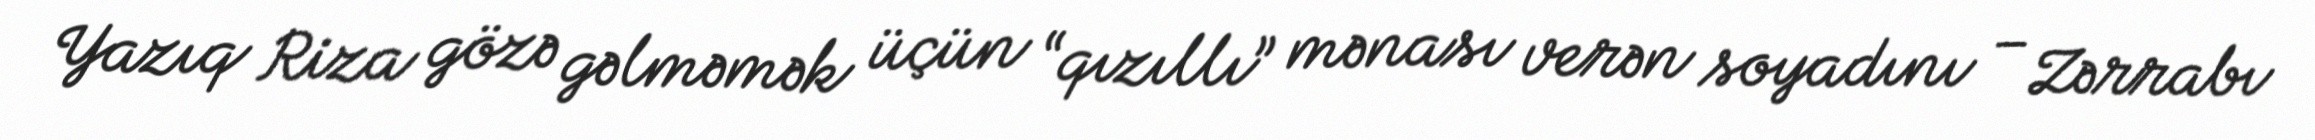
Yazıq Riza gözə gəlməmək üçün “qızıllı” mənası verən soyadını – Zərrabı